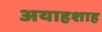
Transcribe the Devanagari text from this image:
अयाहशाह